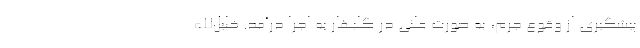
پیشگیری از وقوع جرم، به صورت علنی در گلبهار به اجرا درآمد. خلیل‌الله